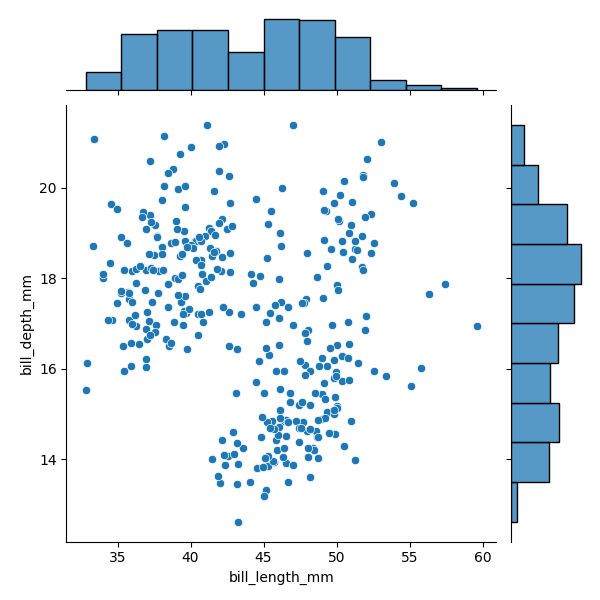
python, seaborn, JointGrid, scatterplot, histplot